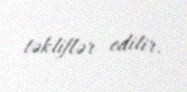
təkliflər edilir.